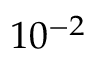
1 0 ^ { - 2 }